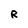
Character: R